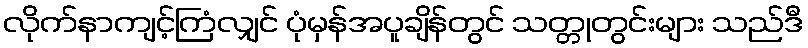
လိုက်နာကျင့်ကြံလျှင် ပုံမှန်အပူချိန်တွင် သတ္တုတွင်းများ သည်ဒီ